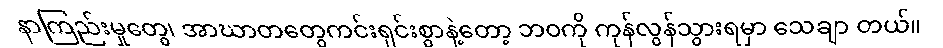
နာကြည်းမှုတွေ၊ အာဃာတတွေကင်းရှင်းစွာနဲ့တော့ ဘဝကို ကုန်လွန်သွားရမှာ သေချာ တယ်။